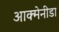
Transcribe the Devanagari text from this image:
आक्मेनीडा